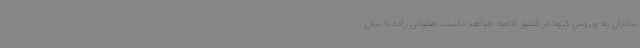
بتلایان به ویروس کرونا در کشور ادامه خواهد داشت. صلواتی زاده با بیان